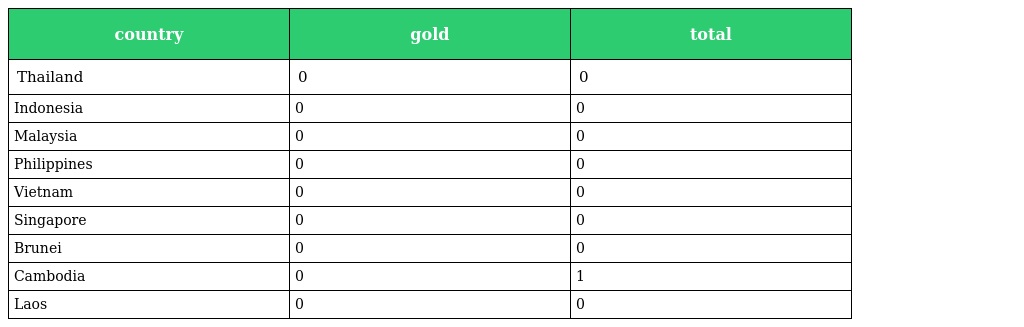
| country | gold | total |
 | --- | --- | --- |
 | Thailand | 0 | 0 |
 | Indonesia | 0 | 0 |
 | Malaysia | 0 | 0 |
 | Philippines | 0 | 0 |
 | Vietnam | 0 | 0 |
 | Singapore | 0 | 0 |
 | Brunei | 0 | 0 |
 | Cambodia | 0 | 1 |
 | Laos | 0 | 0 |